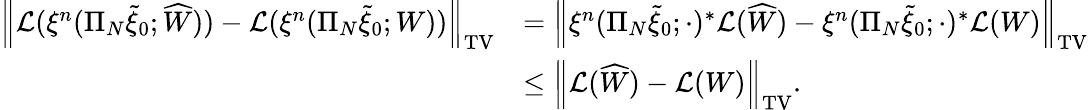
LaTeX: \begin{array}{rl}{\left\| \mathcal{L}(\xi^{n}(\Pi_{N}\widetilde{\xi}_{0};\widehat{W}))-\mathcal{L}(\xi^{n}(\Pi_{N}\widetilde{\xi}_{0};W))\right\| _{\mathrm{TV}}}&{=\left\| \xi^{n}(\Pi_{N}\widetilde{\xi}_{0};\cdot)^{*}\mathcal{L}(\widehat{W})-\xi^{n}(\Pi_{N}\widetilde{\xi}_{0};\cdot)^{*}\mathcal{L}(W)\right\| _{\mathrm{TV}}}\\ &{\leq\left\| \mathcal{L}(\widehat{W})-\mathcal{L}(W)\right\| _{\mathrm{TV}}.}\end{array}